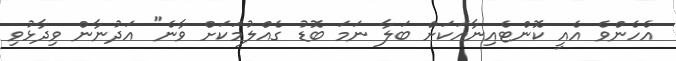
އެހެންވެ އެއީ ކޮންޓެއިނާއަކަށް ބަލާ ނަމަ ބޮޑު ގެއްލުމަކަށް ވާނެ" އަދުނާން ވިދާޅުވި